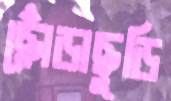
ছোঁড়াছুড়ি